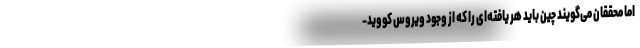
اما محققان می‌گویند چین باید هر یافته‌ای را که از وجود ویروس کووید-